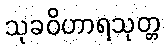
သုခဝိဟာရသုတ္တ